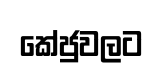
කේජුවලට